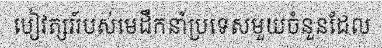
បៀវត្សរ៍របស់មេដឹកនាំប្រទេសមួយចំនួនដែល